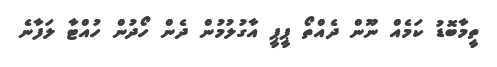
ތީމާބޮޑު ކަމެއް ނޫން ދެއްތޯ ޕީޕީ އާގުލުމުން ދެން ހޯދުން ހުއްޓާ ލަފާނެ